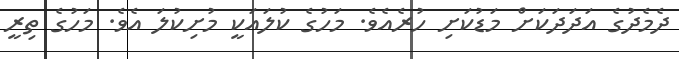
ދެމެދުގެ އަދަދަކަށް މަޑުކަށި ހުރެއެވެ. މަހުގެ ކުލައަކީ މުށިކުލަ އެވެ. މަހުގެ ތިރީ